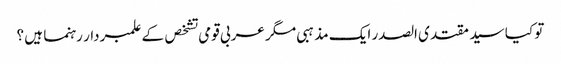
تو کیا سید مقتدی الصدر ایک مذہبی مگر عربی قومی تشخص کے علمبردار رہنما ہیں ؟